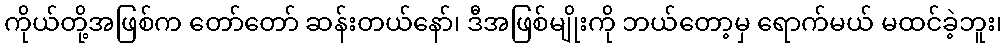
ကိုယ်တို့အဖြစ်က တော်တော် ဆန်းတယ်နော်၊ ဒီအဖြစ်မျိုးကို ဘယ်တော့မှ ရောက်မယ် မထင်ခဲ့ဘူး၊